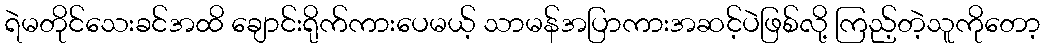
ရဲမတိုင်သေးခင်အထိ ချောင်းရိုက်ကားပေမယ့် သာမန်အပြာကားအဆင့်ပဲဖြစ်လို့ ကြည့်တဲ့သူကိုတော့